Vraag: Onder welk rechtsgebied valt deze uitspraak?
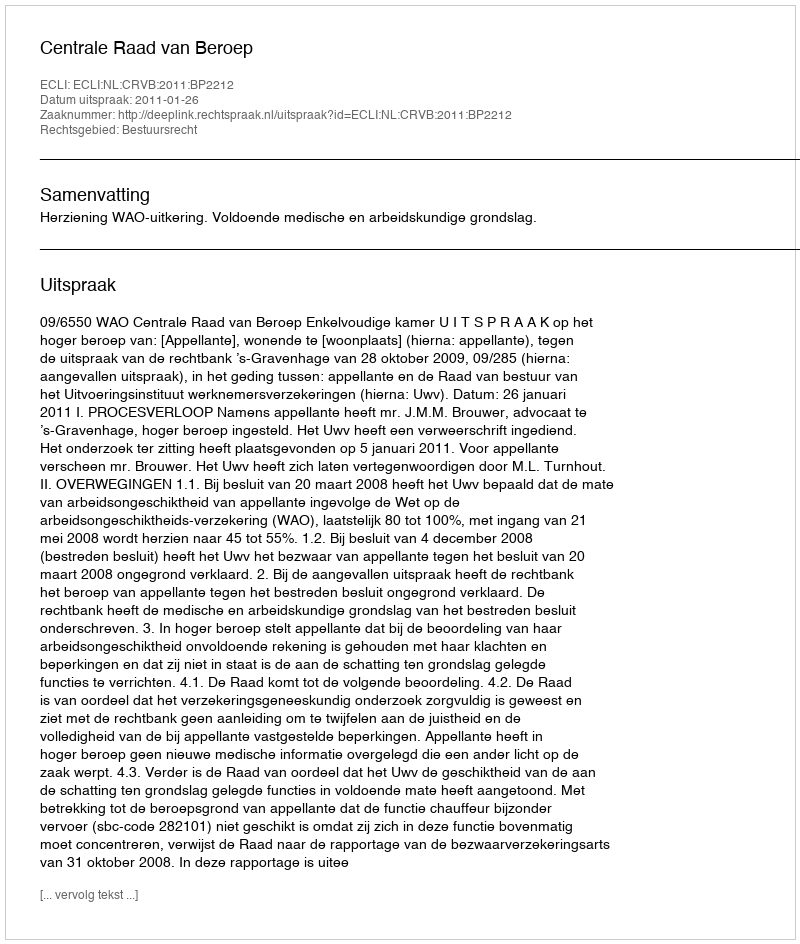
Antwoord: Bestuursrecht